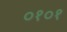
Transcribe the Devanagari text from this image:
०१०१